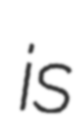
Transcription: is